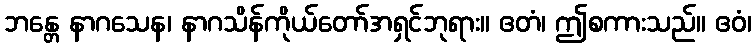
ဘန္တေ နာဂသေန၊ နာဂသိန်ကိုယ်တော်အရှင်ဘုရား။ ဧတံ၊ ဤစကားသည်။ ဧဝံ၊